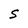
Character: S